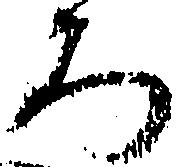
ろ